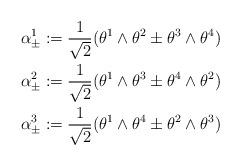
LaTeX: \begin{align*}\alpha_{\pm}^1:=\frac{1}{\sqrt 2}(\theta^1\wedge\theta^2\pm\theta^3\wedge\theta^4) \\\alpha_{\pm}^2:=\frac{1}{\sqrt 2}(\theta^1\wedge\theta^3\pm\theta^4\wedge\theta^2) \\\alpha_{\pm}^3:=\frac{1}{\sqrt 2}(\theta^1\wedge\theta^4\pm\theta^2\wedge\theta^3) \end{align*}